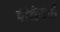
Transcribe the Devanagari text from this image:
ब्रॅनिफची